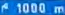
1000 m